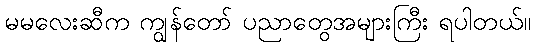
မမလေးဆီက ကျွန်တော် ပညာတွေအများကြီး ရပါတယ်။